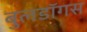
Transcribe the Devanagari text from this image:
बुलडॉगस